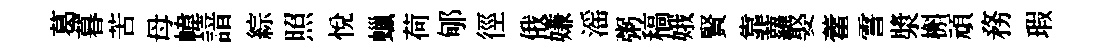
葛暮苦母幃諳綜照悅蠟荷郇徑俄嫌滛粥稿娥賢靠蘿娶藿霅漿槲頑務瑕